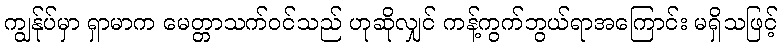
ကျွန်ုပ်မှာ ရှာမာက မေတ္တာသက်ဝင်သည် ဟုဆိုလျှင် ကန့်ကွက်ဘွယ်ရာအကြောင်း မရှိသဖြင့်